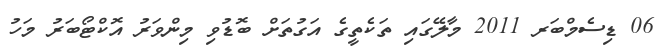
06 ޑިސެމްބަރ 2011 މާލޭގައި ތަކެތީގެ އަގުތަށް ބޮޑުވި މިންވަރު އޮކްޓޯބަރު މަހު